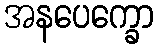
အနပေက္ခော